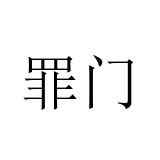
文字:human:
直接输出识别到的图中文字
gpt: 罪门